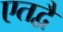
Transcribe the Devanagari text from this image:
एतद्वै